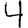
Digit: 4